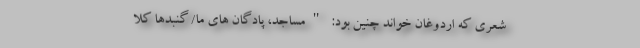
شعری که اردوغان خواند چنین بود: "مساجد، پادگان های ما/ گنبدها کلا